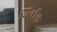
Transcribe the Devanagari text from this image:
निर्वाक